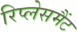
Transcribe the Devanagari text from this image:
रिप्लेसमैंट